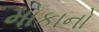
મોકાનો